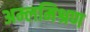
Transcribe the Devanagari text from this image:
अम्लमिश्रण